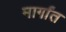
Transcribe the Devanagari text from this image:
मार्गांत